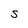
Character: S